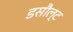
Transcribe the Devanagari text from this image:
डसौल्ट